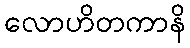
လောဟိတကာနိ